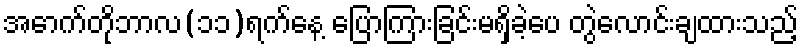
အောက်တိုဘာလ(၁၁)ရက်နေ့ ပြောကြားခြင်းမရှိခဲ့ပေ တွဲလောင်းချထားသည့်